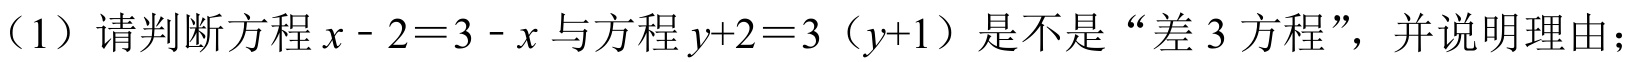
(1) 请判断方程\(x - 2 = 3 - x\)与方程\(y + 2 = 3(y + 1)\)是不是“差\(3\)方程”，并说明理由；